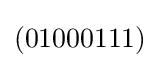
(01000111)